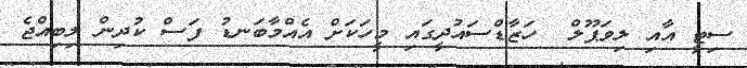
ސިޓީ އާއި ލިވަޕޫލް  ހަޒާޑްސައުދީގައި މީހަކަށް އެއްމާބަނޑު ފަސް ކުދިން ލިބިއްޖެ